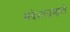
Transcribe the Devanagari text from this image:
संदेशाप्रमाणे